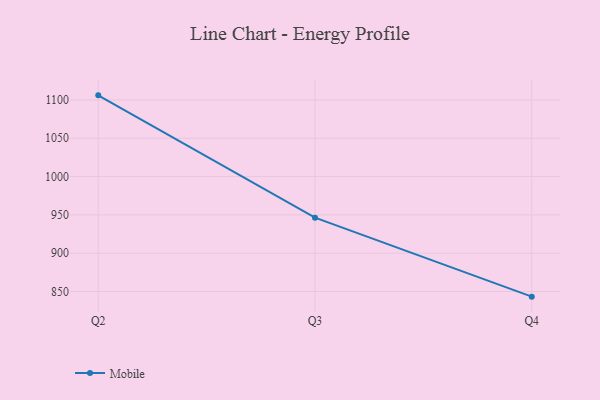
{"axis": {"x": "Quarter", "y": "Shipments"}, "legend": ["Mobile"], "data": [{"x": "Q2", "y": 1106.0, "type": "Mobile"}, {"x": "Q3", "y": 946.4, "type": "Mobile"}, {"x": "Q4", "y": 843.3, "type": "Mobile"}]}